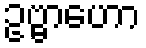
ဥဗ္ဗာဟော